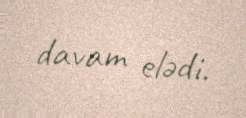
davam elədi.